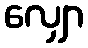
လျှော